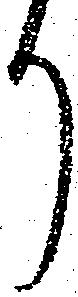
り